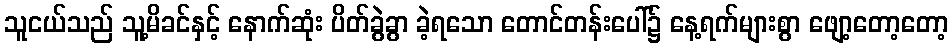
သူငယ်သည် သူ့မိခင်နှင့် နောက်ဆုံး ပိတ်ခွဲခွာ ခဲ့ရသော တောင်တန်းပေါ်၌ နေ့ရက်များစွာ ဖျော့တော့တော့